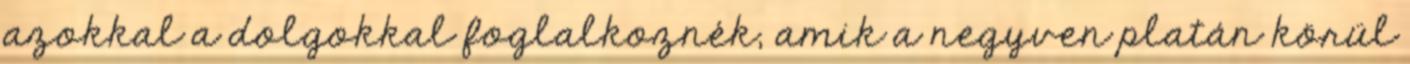
azokkal a dolgokkal foglalkoznék, amik a negyven platán körül